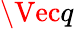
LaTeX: \Vec{q}